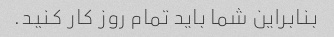
بنابراین شما باید تمام روز کار کنید.